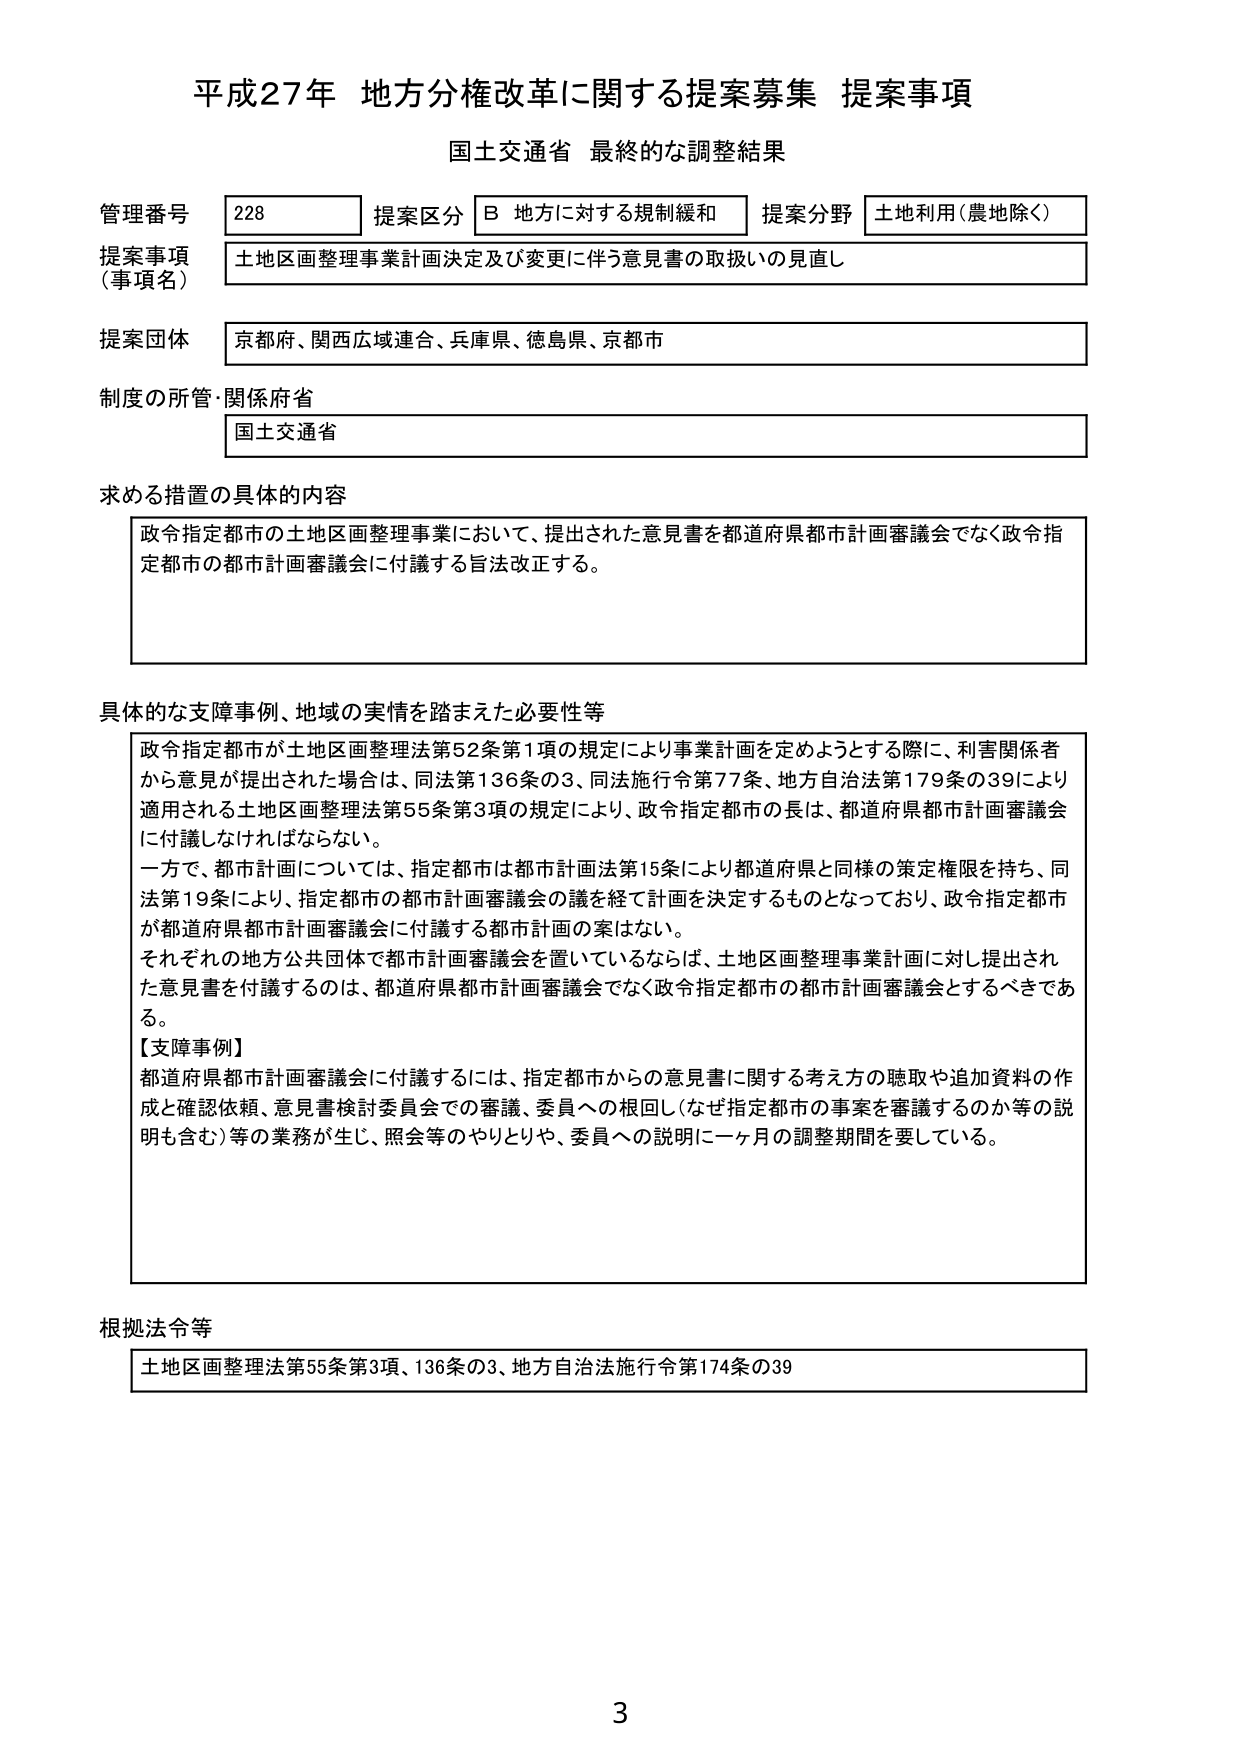
平成27年 地方分権改革に関する提案募集 提案事項
国土交通省 最終的な調整結果

管理番号 228 提案区分 B 地方に対する規制緩和 提案分野 土地利用（農地除く）
提案事項（事項名） 土地区画整理事業計画決定及び変更に伴う意見書の取扱いの見直し
提案団体 京都府、関西広域連合、兵庫県、徳島県、京都市
制度の所管・関係府省 国土交通省

求める措置の具体的内容
政令指定都市の土地区画整理事業において、提出された意見書を都道府県都市計画審議会でなく政令指定都市の都市計画審議会に付議する旨法改正する。

具体的な支障事例、地域の実情を踏まえた必要性等
政令指定都市が土地区画整理法第52条第1項の規定により事業計画を定めようとする際に、利害関係者から意見が提出された場合は、同法第136条の3、同法施行令第77条、地方自治法第179条の39により適用される土地区画整理法第55条第3項の規定により、政令指定都市の長は、都道府県都市計画審議会に付議しなければならない。
一方で、都市計画については、指定都市は都市計画法第15条により都道府県と同様の策定権限を持ち、同法第19条により、指定都市の都市計画審議会の議を経て計画を決定するものとなっており、政令指定都市が都道府県都市計画審議会に付議する都市計画の案はない。
それぞれの地方公共団体で都市計画審議会を置いているならば、土地区画整理事業計画に対し提出された意見書を付議するのは、都道府県都市計画審議会でなく政令指定都市の都市計画審議会とするべきである。
【支障事例】
都道府県都市計画審議会に付議するには、指定都市からの意見書に関する考え方の聴取や追加資料の作成と確認依頼、意見書検討委員会での審議、委員への根回し（なぜ指定都市の事案を審議するのか等の説明も含む）等の業務が生じ、照会等のやりとりや、委員への説明に一ヶ月の調整期間を要している。

根拠法令等
土地区画整理法第55条第3項、136条の3、地方自治法施行令第174条の39

3